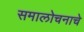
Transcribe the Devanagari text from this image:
समालोचनाचे